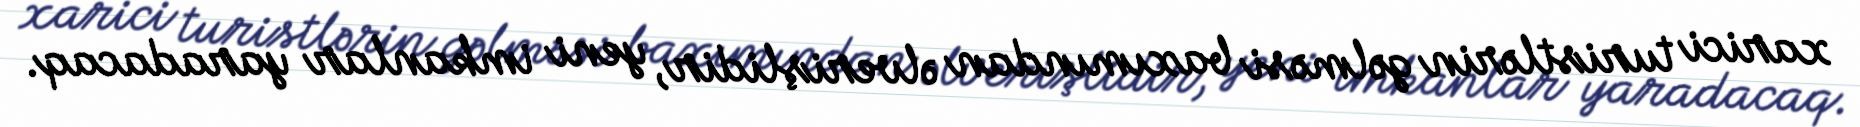
xarici turistlərin gəlməsi baxımından əlverişlidir, yeni imkanlar yaradacaq.